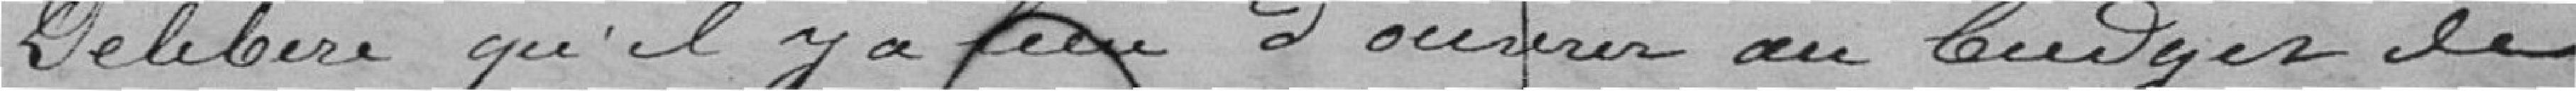
Délibère qu'il y a lieu d'ouvrir au budget de